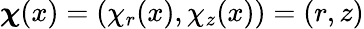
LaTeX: \boldsymbol{\chi}(x)=(\chi_{r}(x),\chi_{z}(x))=(r,z)